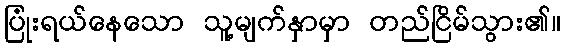
ပြုံးရယ်နေသော သူ့မျက်နှာမှာ တည်ငြိမ်သွား၏။